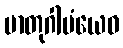
မာတုဂါမံယေဝ